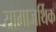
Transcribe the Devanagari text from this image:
सामाजर्थिक